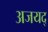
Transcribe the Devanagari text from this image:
अजयद्